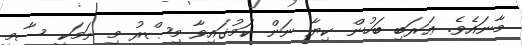
މާނައެވެ. ޢަރަބި ބަހުން ކިޔާ ނަން ކަމުގައިވާ މިޞްރު މި ނަމަކީ ސާމީ